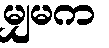
မျှမက